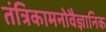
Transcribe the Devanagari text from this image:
तंत्रिकामनोवैज्ञानिक